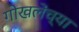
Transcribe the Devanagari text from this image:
गोखलेंच्या